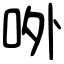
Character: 𠰻